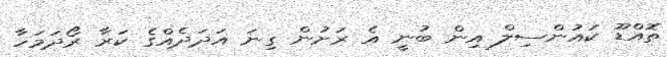
ތޮއްޑޫ ކައުންސިލް އިން ބުނީ އެ ރަށުން ގިނަ އަދަދެއްގެ ކަރާ ރޯދަމަހާ